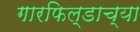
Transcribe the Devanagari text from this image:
गारफिल्डाच्या